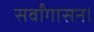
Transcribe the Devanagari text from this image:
सर्वांगासन।